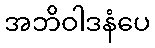
အဘိဝါဒနံပေ